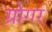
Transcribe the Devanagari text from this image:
ग्रोगर